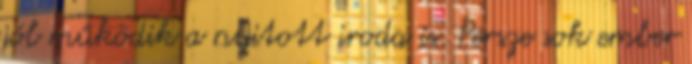
jól működik a nyitott iroda is. Persze sok ember